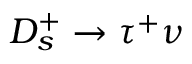
D _ { s } ^ { + } \to \tau ^ { + } \nu